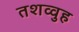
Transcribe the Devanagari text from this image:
तशव्वुह